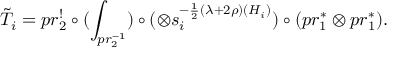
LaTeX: \tilde { T } _ { i } = p r _ { 2 } ^ { ! } \circ ( \int _ { p r _ { 2 } ^ { - 1 } } ) \circ ( \otimes s _ { i } ^ { - \frac { 1 } { 2 } ( \lambda + 2 \rho ) ( H _ { i } ) } ) \circ ( p r _ { 1 } ^ { \ast } \otimes p r _ { 1 } ^ { \ast } ) .